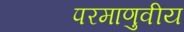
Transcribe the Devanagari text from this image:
परमाणुवीय